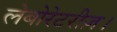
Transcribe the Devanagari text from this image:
लेबोरेटरीज़।